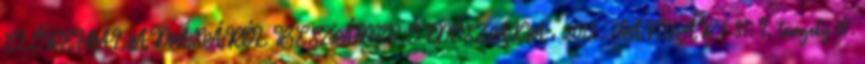
ELŐREHALADÁSÁRÓL BESZÁMOLÓ IDŐSZAKA: 2012. JANUÁR 1-31. I. tengely 111.